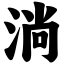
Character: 淌